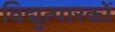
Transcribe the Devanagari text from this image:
विद्युत्पारकों